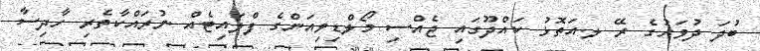
ބުދަ ދުވަހުގެ ރޭ ލ.އަތޮޅު ކައްދޫގައި ޖެއްސި މޯލްޑިވިއަންގެ ފްލައިޓެއް ނުރައްކާތެރި ހާދިސާ